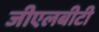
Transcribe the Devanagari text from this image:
जीएलबीटी